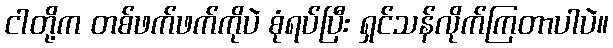
ငါတို့က တစ်ဖက်ဖက်ကိုပဲ စုံရပ်ပြီး ရှင်သန်လိုက်ကြတာပါပဲ။